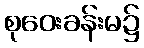
စုဝေးခန်းမ၌